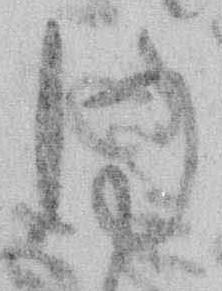
同